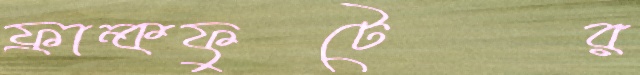
ফ্রান্কফুটের